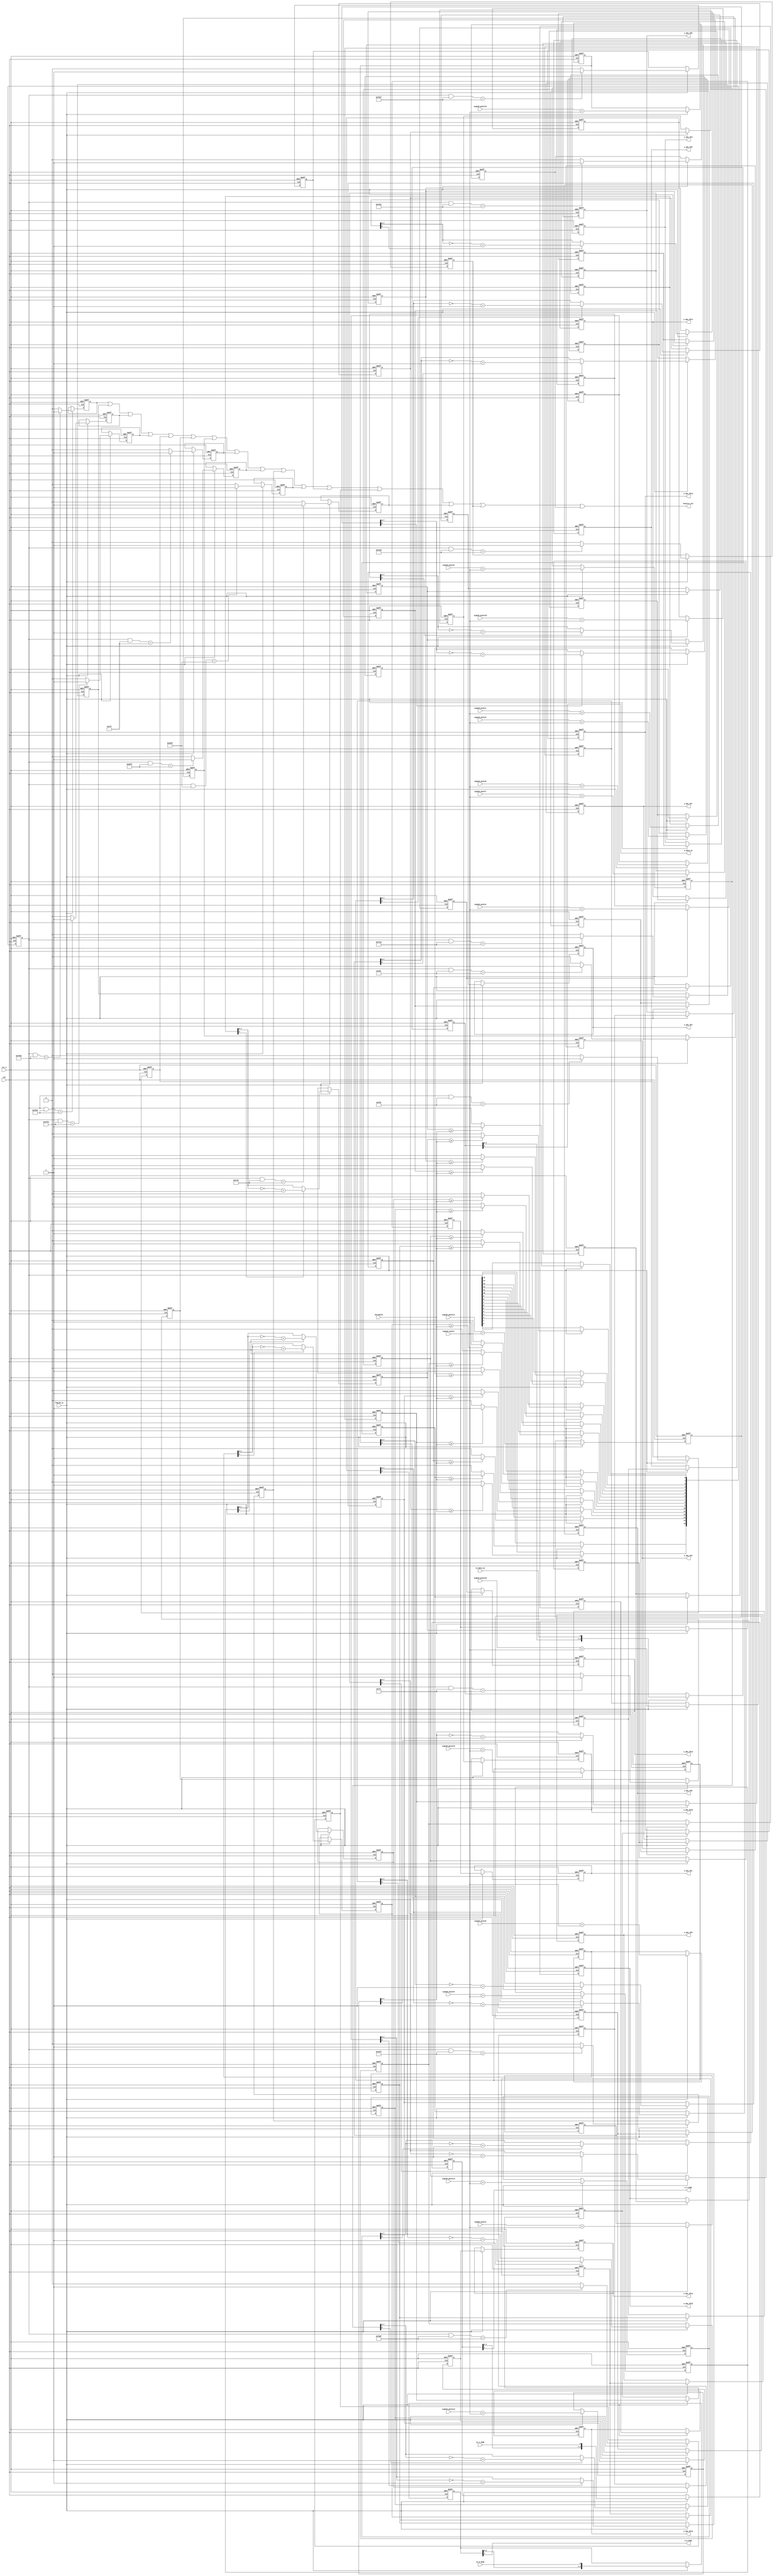
module Get_Feature_point(
	input clk,
	input rst_n,
	input in_H_SYNC,
	input in_V_SYNC,
	input in_data_en,
	input [7:0] threshold,
	
	input TVALID_in,
	
	input [8:0] signed_point1,
	input [8:0] signed_point2,
	input [8:0] signed_point3,
	input [8:0] signed_point4,
	input [8:0] signed_point5,
	input [8:0] signed_point6,
	input [8:0] signed_point7,
	input [8:0] signed_point8,
	input [8:0] signed_point9,
	input [8:0] signed_point10,
	input [8:0] signed_point11,
	input [8:0] signed_point12,
	input [8:0] signed_point13,
	input [8:0] signed_point14,
	input [8:0] signed_point15,
	input [8:0] signed_point16,
	input [8:0] signed_center,
	
	output o_H_SYNC,
	output o_V_SYNC,
	output o_data_en,
	output Feature_val,
	
	output [7:0] o_abs_df1,
	output [7:0] o_abs_df2,
	output [7:0] o_abs_df3,
	output [7:0] o_abs_df4,
	output [7:0] o_abs_df5,
	output [7:0] o_abs_df6,
	output [7:0] o_abs_df7,
	output [7:0] o_abs_df8,
	output [7:0] o_abs_df9,
	output [7:0] o_abs_df10,
	output [7:0] o_abs_df11,
	output [7:0] o_abs_df12,
	output [7:0] o_abs_df13,
	output [7:0] o_abs_df14,
	output [7:0] o_abs_df15,
	output [7:0] o_abs_df16
);
	
	
	//1.
	reg [8:0] signed_df1;
	reg [8:0] signed_df2;
	reg [8:0] signed_df3;
	reg [8:0] signed_df4;
	reg [8:0] signed_df5;
	reg [8:0] signed_df6;
	reg [8:0] signed_df7;
	reg [8:0] signed_df8;
	reg [8:0] signed_df9;
	reg [8:0] signed_df10;
	reg [8:0] signed_df11;
	reg [8:0] signed_df12;
	reg [8:0] signed_df13;
	reg [8:0] signed_df14;
	reg [8:0] signed_df15;
	reg [8:0] signed_df16;
	
	always@(posedge clk or negedge rst_n)
	begin
		if(~rst_n)
		begin
			signed_df1 <= 0;
			signed_df2 <= 0;
			signed_df3 <= 0;
			signed_df4 <= 0;
			signed_df5 <= 0;
			signed_df6 <= 0;
			signed_df7 <= 0;
			signed_df8 <= 0;
			signed_df9 <= 0;
			signed_df10 <= 0;
			signed_df11 <= 0;
			signed_df12 <= 0;
			signed_df13 <= 0;
			signed_df14 <= 0;
			signed_df15 <= 0;
			signed_df16 <= 0;
		end
		else
		begin
		    if(TVALID_in)
		    begin
			signed_df1 <= signed_point1 + signed_center;
			signed_df2 <= signed_point2 + signed_center;
			signed_df3 <= signed_point3 + signed_center;
			signed_df4 <= signed_point4 + signed_center;
			signed_df5 <= signed_point5 + signed_center;
			signed_df6 <= signed_point6 + signed_center;
			signed_df7 <= signed_point7 + signed_center;
			signed_df8 <= signed_point8 + signed_center;
			signed_df9 <= signed_point9 + signed_center;
			signed_df10 <= signed_point10 + signed_center;
			signed_df11 <= signed_point11 + signed_center;
			signed_df12 <= signed_point12 + signed_center;
			signed_df13 <= signed_point13 + signed_center;
			signed_df14 <= signed_point14 + signed_center;
			signed_df15 <= signed_point15 + signed_center;
			signed_df16 <= signed_point16 + signed_center;
			end
			else;
		end 
	end
	
	//2.
	reg [7:0] abs_df1;
	reg [7:0] abs_df2;
	reg [7:0] abs_df3;
	reg [7:0] abs_df4;
	reg [7:0] abs_df5;
	reg [7:0] abs_df6;
	reg [7:0] abs_df7;
	reg [7:0] abs_df8;
	reg [7:0] abs_df9;
	reg [7:0] abs_df10;
	reg [7:0] abs_df11;
	reg [7:0] abs_df12;
	reg [7:0] abs_df13;
	reg [7:0] abs_df14;
	reg [7:0] abs_df15;
	reg [7:0] abs_df16;
	
	always@(posedge clk or negedge rst_n)
	begin
		if(~rst_n)
		begin
			abs_df1 <= 0;
			abs_df2 <= 0;
			abs_df3 <= 0;
			abs_df4 <= 0;
			abs_df5 <= 0;
			abs_df6 <= 0;
			abs_df7 <= 0;
			abs_df8 <= 0;
			abs_df9 <= 0;
			abs_df10 <= 0;
			abs_df11 <= 0;
			abs_df12 <= 0;
			abs_df13 <= 0;
			abs_df14 <= 0;
			abs_df15 <= 0;
			abs_df16 <= 0;
		end
		else
		begin
		    if(TVALID_in)
		    begin
			abs_df1 <= signed_df1[8] == 0 ? signed_df1[7:0] : ~signed_df1[7:0] + 1;
			abs_df2 <= signed_df2[8] == 0 ? signed_df2[7:0] : ~signed_df2[7:0] + 1;
			abs_df3 <= signed_df3[8] == 0 ? signed_df3[7:0] : ~signed_df3[7:0] + 1;
			abs_df4 <= signed_df4[8] == 0 ? signed_df4[7:0] : ~signed_df4[7:0] + 1;
			abs_df5 <= signed_df5[8] == 0 ? signed_df5[7:0] : ~signed_df5[7:0] + 1;
			abs_df6 <= signed_df6[8] == 0 ? signed_df6[7:0] : ~signed_df6[7:0] + 1;
			abs_df7 <= signed_df7[8] == 0 ? signed_df7[7:0] : ~signed_df7[7:0] + 1;
			abs_df8 <= signed_df8[8] == 0 ? signed_df8[7:0] : ~signed_df8[7:0] + 1;
			abs_df9 <= signed_df9[8] == 0 ? signed_df9[7:0] : ~signed_df9[7:0] + 1;
			abs_df10 <= signed_df10[8] == 0 ? signed_df10[7:0] : ~signed_df10[7:0] + 1;
			abs_df11 <= signed_df11[8] == 0 ? signed_df11[7:0] : ~signed_df11[7:0] + 1;
			abs_df12 <= signed_df12[8] == 0 ? signed_df12[7:0] : ~signed_df12[7:0] + 1;
			abs_df13 <= signed_df13[8] == 0 ? signed_df13[7:0] : ~signed_df13[7:0] + 1;
			abs_df14 <= signed_df14[8] == 0 ? signed_df14[7:0] : ~signed_df14[7:0] + 1;
			abs_df15 <= signed_df15[8] == 0 ? signed_df15[7:0] : ~signed_df15[7:0] + 1;
			abs_df16 <= signed_df16[8] == 0 ? signed_df16[7:0] : ~signed_df16[7:0] + 1;
			end
			else;
		end
	end
	//2
	reg [7:0] abs_df1_r1, abs_df1_r2;
	reg [7:0] abs_df2_r1, abs_df2_r2;
	reg [7:0] abs_df3_r1, abs_df3_r2;
	reg [7:0] abs_df4_r1, abs_df4_r2;
	reg [7:0] abs_df5_r1, abs_df5_r2;
	reg [7:0] abs_df6_r1, abs_df6_r2;
	reg [7:0] abs_df7_r1, abs_df7_r2;
	reg [7:0] abs_df8_r1, abs_df8_r2;
	reg [7:0] abs_df9_r1, abs_df9_r2;
	reg [7:0] abs_df10_r1, abs_df10_r2;
	reg [7:0] abs_df11_r1, abs_df11_r2;
	reg [7:0] abs_df12_r1, abs_df12_r2;
	reg [7:0] abs_df13_r1, abs_df13_r2;
	reg [7:0] abs_df14_r1, abs_df14_r2;
	reg [7:0] abs_df15_r1, abs_df15_r2;
	reg [7:0] abs_df16_r1, abs_df16_r2;
	
	always@(posedge clk or negedge rst_n)
	begin
		if(~rst_n)
		begin
			abs_df1_r1 <= 0;
			abs_df2_r1 <= 0;
			abs_df3_r1 <= 0;
			abs_df4_r1 <= 0;
			abs_df5_r1 <= 0;
			abs_df6_r1 <= 0;
			abs_df7_r1 <= 0;
			abs_df8_r1 <= 0;
			abs_df9_r1 <= 0;
			abs_df10_r1 <= 0;
			abs_df11_r1 <= 0;
			abs_df12_r1 <= 0;
			abs_df13_r1 <= 0;
			abs_df14_r1 <= 0;
			abs_df15_r1 <= 0;
			abs_df16_r1 <= 0;
			
			abs_df1_r2 <= 0;
			abs_df2_r2 <= 0;
			abs_df3_r2 <= 0;
			abs_df4_r2 <= 0;
			abs_df5_r2 <= 0;
			abs_df6_r2 <= 0;
			abs_df7_r2 <= 0;
			abs_df8_r2 <= 0;
			abs_df9_r2 <= 0;
			abs_df10_r2 <= 0;
			abs_df11_r2 <= 0;
			abs_df12_r2 <= 0;
			abs_df13_r2 <= 0;
			abs_df14_r2 <= 0;
			abs_df15_r2 <= 0;
			abs_df16_r2 <= 0;
		end
		else
		begin
		    if(TVALID_in)
		    begin
			abs_df1_r1 <= abs_df1;
			abs_df2_r1 <= abs_df2;
			abs_df3_r1 <= abs_df3;
			abs_df4_r1 <= abs_df4;
			abs_df5_r1 <= abs_df5;
			abs_df6_r1 <= abs_df6;
			abs_df7_r1 <= abs_df7;
			abs_df8_r1 <= abs_df8;
			abs_df9_r1 <= abs_df9;
			abs_df10_r1 <= abs_df10;
			abs_df11_r1 <= abs_df11;
			abs_df12_r1 <= abs_df12;
			abs_df13_r1 <= abs_df13;
			abs_df14_r1 <= abs_df14;
			abs_df15_r1 <= abs_df15;
			abs_df16_r1 <= abs_df16;
			
			abs_df1_r2 <= abs_df1_r1;
			abs_df2_r2 <= abs_df2_r1;
			abs_df3_r2 <= abs_df3_r1;
			abs_df4_r2 <= abs_df4_r1;
			abs_df5_r2 <= abs_df5_r1;
			abs_df6_r2 <= abs_df6_r1;
			abs_df7_r2 <= abs_df7_r1;
			abs_df8_r2 <= abs_df8_r1;
			abs_df9_r2 <= abs_df9_r1;
			abs_df10_r2 <= abs_df10_r1;
			abs_df11_r2 <= abs_df11_r1;
			abs_df12_r2 <= abs_df12_r1;
			abs_df13_r2 <= abs_df13_r1;
			abs_df14_r2 <= abs_df14_r1;
			abs_df15_r2 <= abs_df15_r1;
			abs_df16_r2 <= abs_df16_r1;
			end
			else
			begin
			abs_df1_r1 <= abs_df1_r1;
			abs_df2_r1 <= abs_df2_r1;
			abs_df3_r1 <= abs_df3_r1;
			abs_df4_r1 <= abs_df4_r1;
			abs_df5_r1 <= abs_df5_r1;
			abs_df6_r1 <= abs_df6_r1;
			abs_df7_r1 <= abs_df7_r1;
			abs_df8_r1 <= abs_df8_r1;
			abs_df9_r1 <= abs_df9_r1;
			abs_df10_r1 <= abs_df10_r1;
			abs_df11_r1 <= abs_df11_r1;
			abs_df12_r1 <= abs_df12_r1;
			abs_df13_r1 <= abs_df13_r1;
			abs_df14_r1 <= abs_df14_r1;
			abs_df15_r1 <= abs_df15_r1;
			abs_df16_r1 <= abs_df16_r1;
			
			abs_df1_r2 <= abs_df1_r2;
			abs_df2_r2 <= abs_df2_r2;
			abs_df3_r2 <= abs_df3_r2;
			abs_df4_r2 <= abs_df4_r2;
			abs_df5_r2 <= abs_df5_r2;
			abs_df6_r2 <= abs_df6_r2;
			abs_df7_r2 <= abs_df7_r2;
			abs_df8_r2 <= abs_df8_r2;
			abs_df9_r2 <= abs_df9_r2;
			abs_df10_r2 <= abs_df10_r2;
			abs_df11_r2 <= abs_df11_r2;
			abs_df12_r2 <= abs_df12_r2;
			abs_df13_r2 <= abs_df13_r2;
			abs_df14_r2 <= abs_df14_r2;
			abs_df15_r2 <= abs_df15_r2;
			abs_df16_r2 <= abs_df16_r2;
			end
		end
	end
	assign o_abs_df1 = abs_df1_r2;
	assign o_abs_df2 = abs_df2_r2;
	assign o_abs_df3 = abs_df3_r2;
	assign o_abs_df4 = abs_df4_r2;
	assign o_abs_df5 = abs_df5_r2;
	assign o_abs_df6 = abs_df6_r2;
	assign o_abs_df7 = abs_df7_r2;
	assign o_abs_df8 = abs_df8_r2;
	assign o_abs_df9 = abs_df9_r2;
	assign o_abs_df10 = abs_df10_r2;
	assign o_abs_df11 = abs_df11_r2;
	assign o_abs_df12 = abs_df12_r2;
	assign o_abs_df13 = abs_df13_r2;
	assign o_abs_df14 = abs_df14_r2;
	assign o_abs_df15 = abs_df15_r2;
	assign o_abs_df16 = abs_df16_r2;
	
	//3.
	reg [15:0] threshold_flag;//10
//	parameter threshold = 60;
	
	always@(posedge clk or negedge rst_n)
	begin
		if(~rst_n)
			threshold_flag <= 0;
		else
		begin
		    if(TVALID_in)
		    begin
			threshold_flag[0] <= abs_df1 >= threshold ? 1 : 0;
			threshold_flag[1] <= abs_df2 >= threshold ? 1 : 0;
			threshold_flag[2] <= abs_df3 >= threshold ? 1 : 0;
			threshold_flag[3] <= abs_df4 >= threshold ? 1 : 0;
			threshold_flag[4] <= abs_df5 >= threshold ? 1 : 0;
			threshold_flag[5] <= abs_df6 >= threshold ? 1 : 0;
			threshold_flag[6] <= abs_df7 >= threshold ? 1 : 0;
			threshold_flag[7] <= abs_df8 >= threshold ? 1 : 0;
			threshold_flag[8] <= abs_df9 >= threshold ? 1 : 0;
			threshold_flag[9] <= abs_df10 >= threshold ? 1 : 0;
			threshold_flag[10] <= abs_df11 >= threshold ? 1 : 0;
			threshold_flag[11] <= abs_df12 >= threshold ? 1 : 0;
			threshold_flag[12] <= abs_df13 >= threshold ? 1 : 0;
			threshold_flag[13] <= abs_df14 >= threshold ? 1 : 0;
			threshold_flag[14] <= abs_df15 >= threshold ? 1 : 0;
			threshold_flag[15] <= abs_df16 >= threshold ? 1 : 0;
			end
			else;
		end
	end
	
	//4.
	reg Sf1, Sf2, Sf3, Sf4,
		 Sf5, Sf6, Sf7, Sf8,
		 Sf9, Sf10,Sf11,Sf12,
		 Sf13,Sf14,Sf15,Sf16;
	parameter s1 = 16'b1111111110000000,
				 s2 = 16'b0111111111000000,
				 s3 = 16'b0011111111100000,
				 s4 = 16'b0001111111110000,
				 s5 = 16'b0000111111111000,
				 s6 = 16'b0000011111111100,
				 s7 = 16'b0000001111111110,
				 s8 = 16'b0000000111111111,
				 s9 = 16'b1000000011111111,
				 s10= 16'b1100000001111111,
				 s11= 16'b1110000000111111,
				 s12= 16'b1111000000011111,
				 s13= 16'b1111100000001111,
				 s14= 16'b1111110000000111,
				 s15= 16'b1111111000000011,
				 s16= 16'b1111111100000001;
	always@(posedge clk or negedge rst_n)
	begin
		if(~rst_n)
		begin
			Sf1 <= 0;
			Sf2 <= 0;
			Sf3 <= 0;
			Sf4 <= 0;
			Sf5 <= 0;
			Sf6 <= 0;
			Sf7 <= 0;
			Sf8 <= 0;
			Sf9 <= 0;
			Sf10<= 0;
			Sf11<= 0;
			Sf12<= 0;
			Sf13<= 0;
			Sf14<= 0;
			Sf15<= 0;
			Sf16<= 0;
		end
		else
		begin
		    if(TVALID_in)
		    begin
			Sf1 <=  (threshold_flag & s1) == s1 ? 1:0;
			Sf2 <=  (threshold_flag & s2) == s2 ? 1:0;
			Sf3 <=  (threshold_flag & s3) == s3 ? 1:0;
			Sf4 <=  (threshold_flag & s4) == s4 ? 1:0;
			Sf5 <=  (threshold_flag & s5) == s5 ? 1:0;
			Sf6 <=  (threshold_flag & s6) == s6 ? 1:0;
			Sf7 <=  (threshold_flag & s7) == s7 ? 1:0;
			Sf8 <=  (threshold_flag & s8) == s8 ? 1:0;
			Sf9 <=  (threshold_flag & s9) == s9 ? 1:0;
			Sf10<=  (threshold_flag & s10) == s10 ? 1:0;
			Sf11<=  (threshold_flag & s11) == s11 ? 1:0;
			Sf12<=  (threshold_flag & s12) == s12 ? 1:0;
			Sf13<=  (threshold_flag & s13) == s13 ? 1:0;
			Sf14<=  (threshold_flag & s14) == s14 ? 1:0;
			Sf15<=  (threshold_flag & s15) == s15 ? 1:0;
			Sf16<=  (threshold_flag & s16) == s16 ? 1:0;
			end
			else;
		end
	end
	assign Feature_val = Sf1 | Sf2 | Sf3 | Sf4 |
								Sf5 | Sf6 | Sf7 | Sf8 |
								Sf9 | Sf10| Sf11| Sf12|
								Sf13| Sf14| Sf15| Sf16;

	
	//
	 parameter delay_time = 4;//4
	
	 reg [delay_time - 1:0] H_SYNC_r;
	 reg [delay_time - 1:0] V_SYNC_r;
	 reg [delay_time - 1:0] data_en_r;
	 assign o_H_SYNC = H_SYNC_r[delay_time - 1];
	 assign o_V_SYNC = V_SYNC_r[delay_time - 1];
	 assign o_data_en = data_en_r[delay_time - 1];
	 assign cnt_data_en = data_en_r[2];
	 always@(posedge clk or negedge rst_n)
	 begin
		if(~rst_n)
		begin
			H_SYNC_r <= 0;
			V_SYNC_r <= 0;
			data_en_r <= 0;
		end
		else
		begin
		    if(TVALID_in == 0)
		    begin
		         H_SYNC_r <= H_SYNC_r;
			     V_SYNC_r <= V_SYNC_r;
			     data_en_r <= data_en_r;
		    end
		    else
		    begin
			H_SYNC_r <= {H_SYNC_r[delay_time - 2:0],in_H_SYNC};
			V_SYNC_r <= {V_SYNC_r[delay_time - 2:0],in_V_SYNC};
			data_en_r <= {data_en_r[delay_time - 2:0],in_data_en};
			end
		end
	 end
	 
endmodule